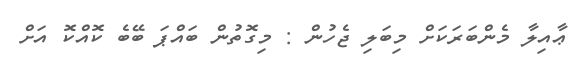
ޢާއިލާ މެންބަރަކަށް މިބަލި ޖެހުން : މިގޮތުން ބައްޕަ ބޭބެ ކޮއްކޮ އަށް